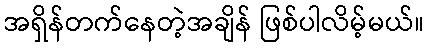
အရှိန်တက်နေတဲ့အချိန် ဖြစ်ပါလိမ့်မယ်။